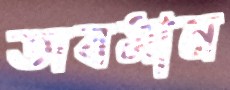
অবমান